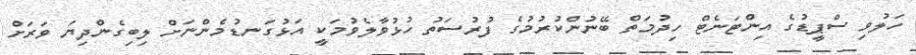
ހަލުވި ސްޕީޑުގެ އިންޓަނެޓް ހިދުމަތް ބޭނުންކުރުމުގެ ފުރުސަތު ހުޅުވާލެވުމަކީ އަޅުގަނޑުމެންނަށް ލިބިގެންދިޔަ ވަރަށް